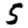
Digit: 5